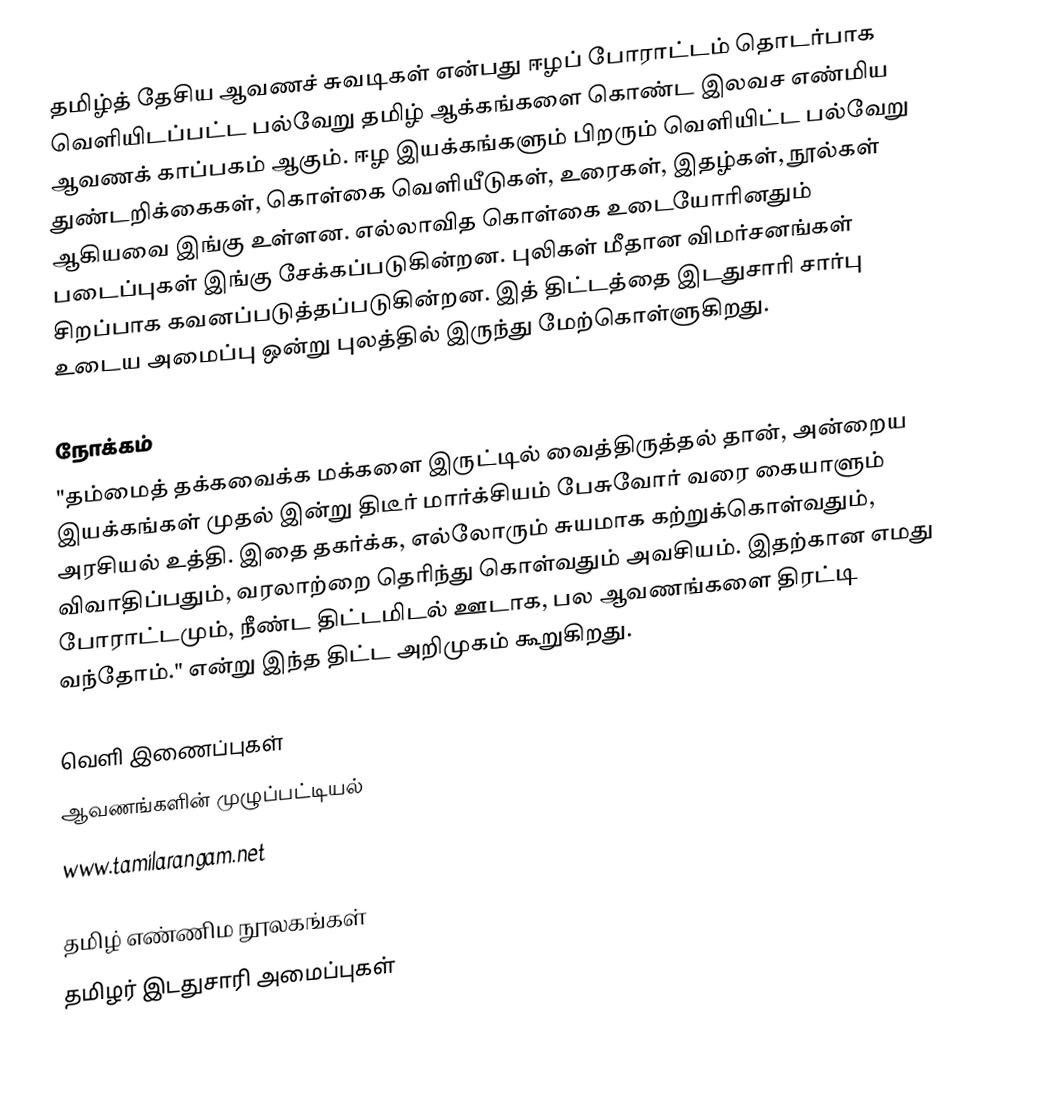
தமிழ்த் தேசிய ஆவணச் சுவடிகள்   என்பது ஈழப் போராட்டம் தொடர்பாக வெளியிடப்பட்ட பல்வேறு தமிழ் ஆக்கங்களை கொண்ட இலவச எண்மிய ஆவணக் காப்பகம் ஆகும். ஈழ இயக்கங்களும் பிறரும் வெளியிட்ட பல்வேறு துண்டறிக்கைகள், கொள்கை வெளியீடுகள், உரைகள், இதழ்கள், நூல்கள் ஆகியவை இங்கு உள்ளன. எல்லாவித கொள்கை உடையோரினதும் படைப்புகள் இங்கு சேக்கப்படுகின்றன. புலிகள் மீதான விமர்சனங்கள் சிறப்பாக கவனப்படுத்தப்படுகின்றன. இத் திட்டத்தை இடதுசாரி சார்பு உடைய அமைப்பு ஒன்று புலத்தில் இருந்து மேற்கொள்ளுகிறது.

நோக்கம்
"தம்மைத் தக்கவைக்க மக்களை இருட்டில் வைத்திருத்தல் தான், அன்றைய இயக்கங்கள் முதல் இன்று திடீர் மார்க்சியம் பேசுவோர் வரை கையாளும் அரசியல் உத்தி.  இதை தகர்க்க, எல்லோரும் சுயமாக கற்றுக்கொள்வதும், விவாதிப்பதும், வரலாற்றை தெரிந்து கொள்வதும் அவசியம். இதற்கான எமது போராட்டமும், நீண்ட திட்டமிடல் ஊடாக, பல ஆவணங்களை திரட்டி வந்தோம்." என்று இந்த திட்ட அறிமுகம் கூறுகிறது.

வெளி இணைப்புகள்
 ஆவணங்களின் முழுப்பட்டியல்
 www.tamilarangam.net

தமிழ் எண்ணிம நூலகங்கள்
தமிழர் இடதுசாரி அமைப்புகள்